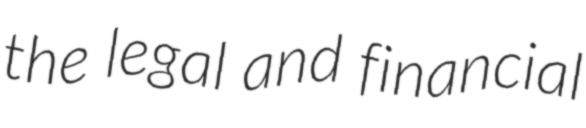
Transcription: the legal and financial